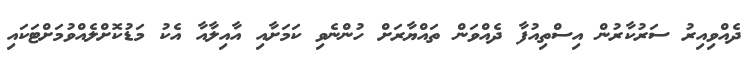
ދެއްވިއިރު ސަރުކާރުން އިސްތިއުފާ ދެއްވަން ތައްޔާރަށް ހުންނެވި ކަމަށާއި އާއިލާއާ އެކު މަޑުކޮށްލެއްވުމަށްޓަކައި